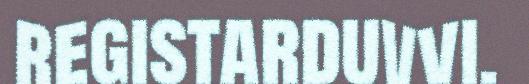
registarduvvi.